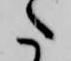
た